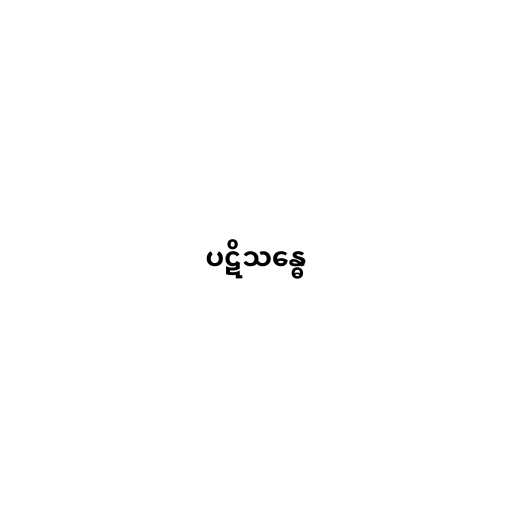
ပဋိသန္ဓေ